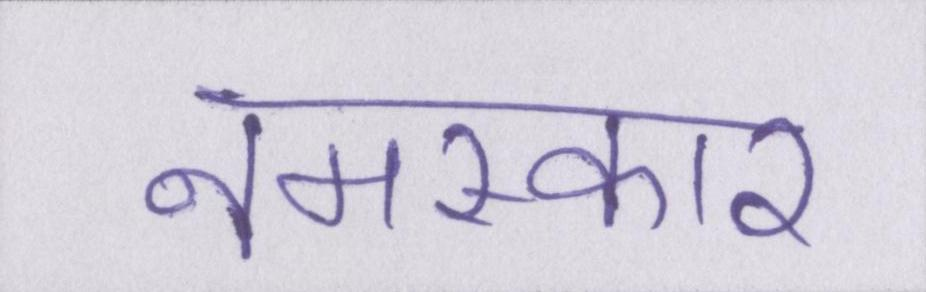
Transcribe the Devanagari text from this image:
नमस्कार